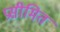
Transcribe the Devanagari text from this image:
प्रसीमित